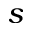
s